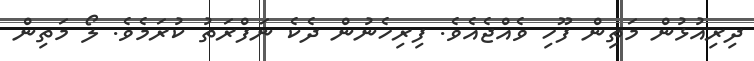
ދިރިއުޅުން މަތިން ފޫހި ވެއްޖެއެވެ. ފިރިހެނުން ދެކެ ނަފްރަތު ކުރަމެވެ. ލޯ މަތިން